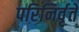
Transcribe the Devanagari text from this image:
परिनिर्वृते